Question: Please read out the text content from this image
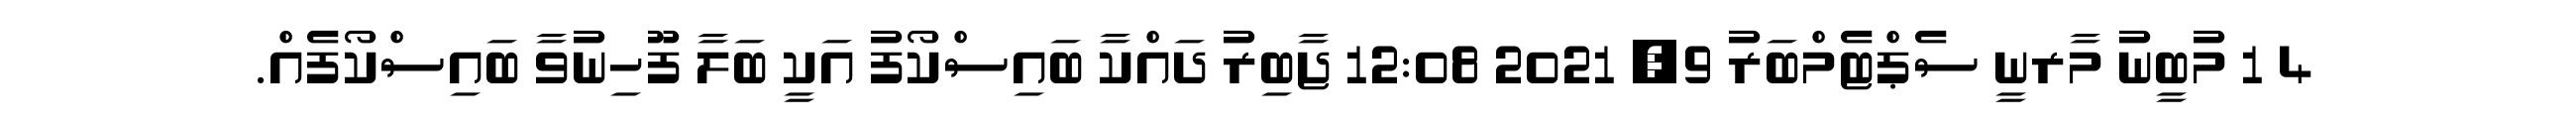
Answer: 4 1 މުބީނު މާރނީ ސެޕްޓެމްބަރު 9, 2021 12:08 ޖާބިރު ދައްކާ ބައިސްކޯފު އަކީ ބަލާ ފޫހިނުވާ ބައިސްކޯފެއް.